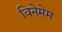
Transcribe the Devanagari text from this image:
विनेमेम